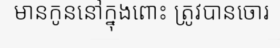
មានកូននៅក្នុងពោះ ត្រូវបានចោរ